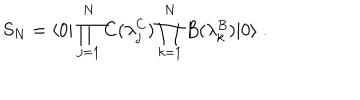
{ S } _ { N } = { \langle 0 | \prod _ { j = 1 } ^ { N } C ( \lambda _ { j } ^ { C } ) \prod _ { k = 1 } ^ { N } B ( \lambda _ { k } ^ { B } ) | 0 \rangle } \ .